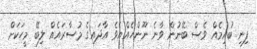
ފިނި ބުއިމެއް ވެސް ބޭނުން ވާނެ ނޫންހެއްޔެވެ އާދައިގެ މުސާރައެއް ލިބޭ މީހަކަށް